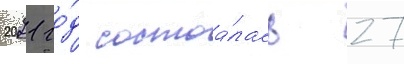
2021 го́д состоа́лась 27